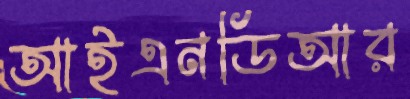
আইএনডিআর